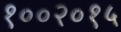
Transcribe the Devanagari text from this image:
१००२०१५